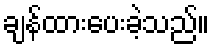
ချန်ထားပေးခဲ့သည်။